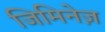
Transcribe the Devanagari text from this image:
जिमिनेज़